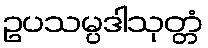
ဥပသမ္ပဒါသုတ္တံ